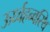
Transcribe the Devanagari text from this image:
ऊर्ध्वहन्वस्थि